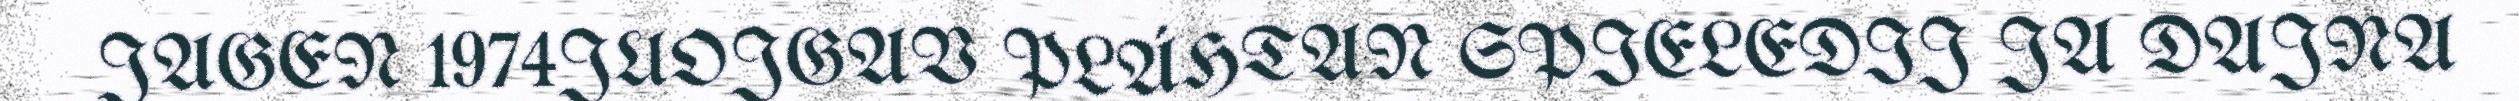
JAGEN 1974JUOJGAV PLÁHTAN SPIELEDIJ JA DAJNA